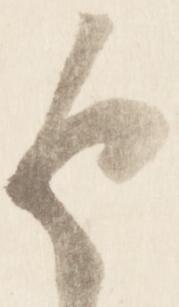
返